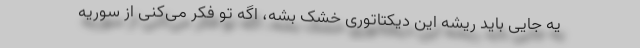
یه جایی باید ریشه این دیکتاتوری خشک بشه، اگه تو فکر می‌کنی از سوریه